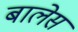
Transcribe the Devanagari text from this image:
बालेस